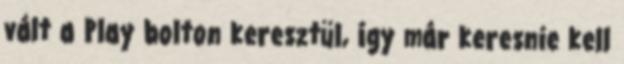
vált a Play bolton keresztül, így már keresnie kell